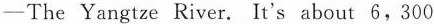
-The Yangtze River. It's about 6,300